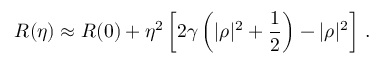
R ( \eta ) \approx R ( 0 ) + \eta ^ { 2 } \left[ 2 \gamma \left( | \rho | ^ { 2 } + \frac { 1 } { 2 } \right) - | \rho | ^ { 2 } \right] \, .